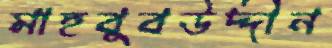
মাহবুবউদ্দীন